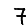
Digit: 7